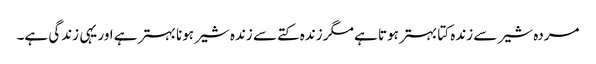
مردہ شیر سے زندہ کتا بہتر ہوتا ہے مگر زندہ کتے سے زندہ شیر ہونا بہتر ہے اور یہی زندگی ہے۔